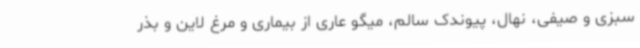
سبزی و صیفی، نهال، پیوندک سالم، میگو عاری از بیماری و مرغ لاین و بذر